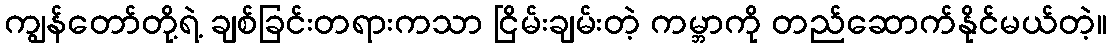
ကျွန်တော်တို့ရဲ့ ချစ်ခြင်းတရားကသာ ငြိမ်းချမ်းတဲ့ ကမ္ဘာကို တည်ဆောက်နိုင်မယ်တဲ့။